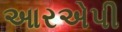
આરએપી